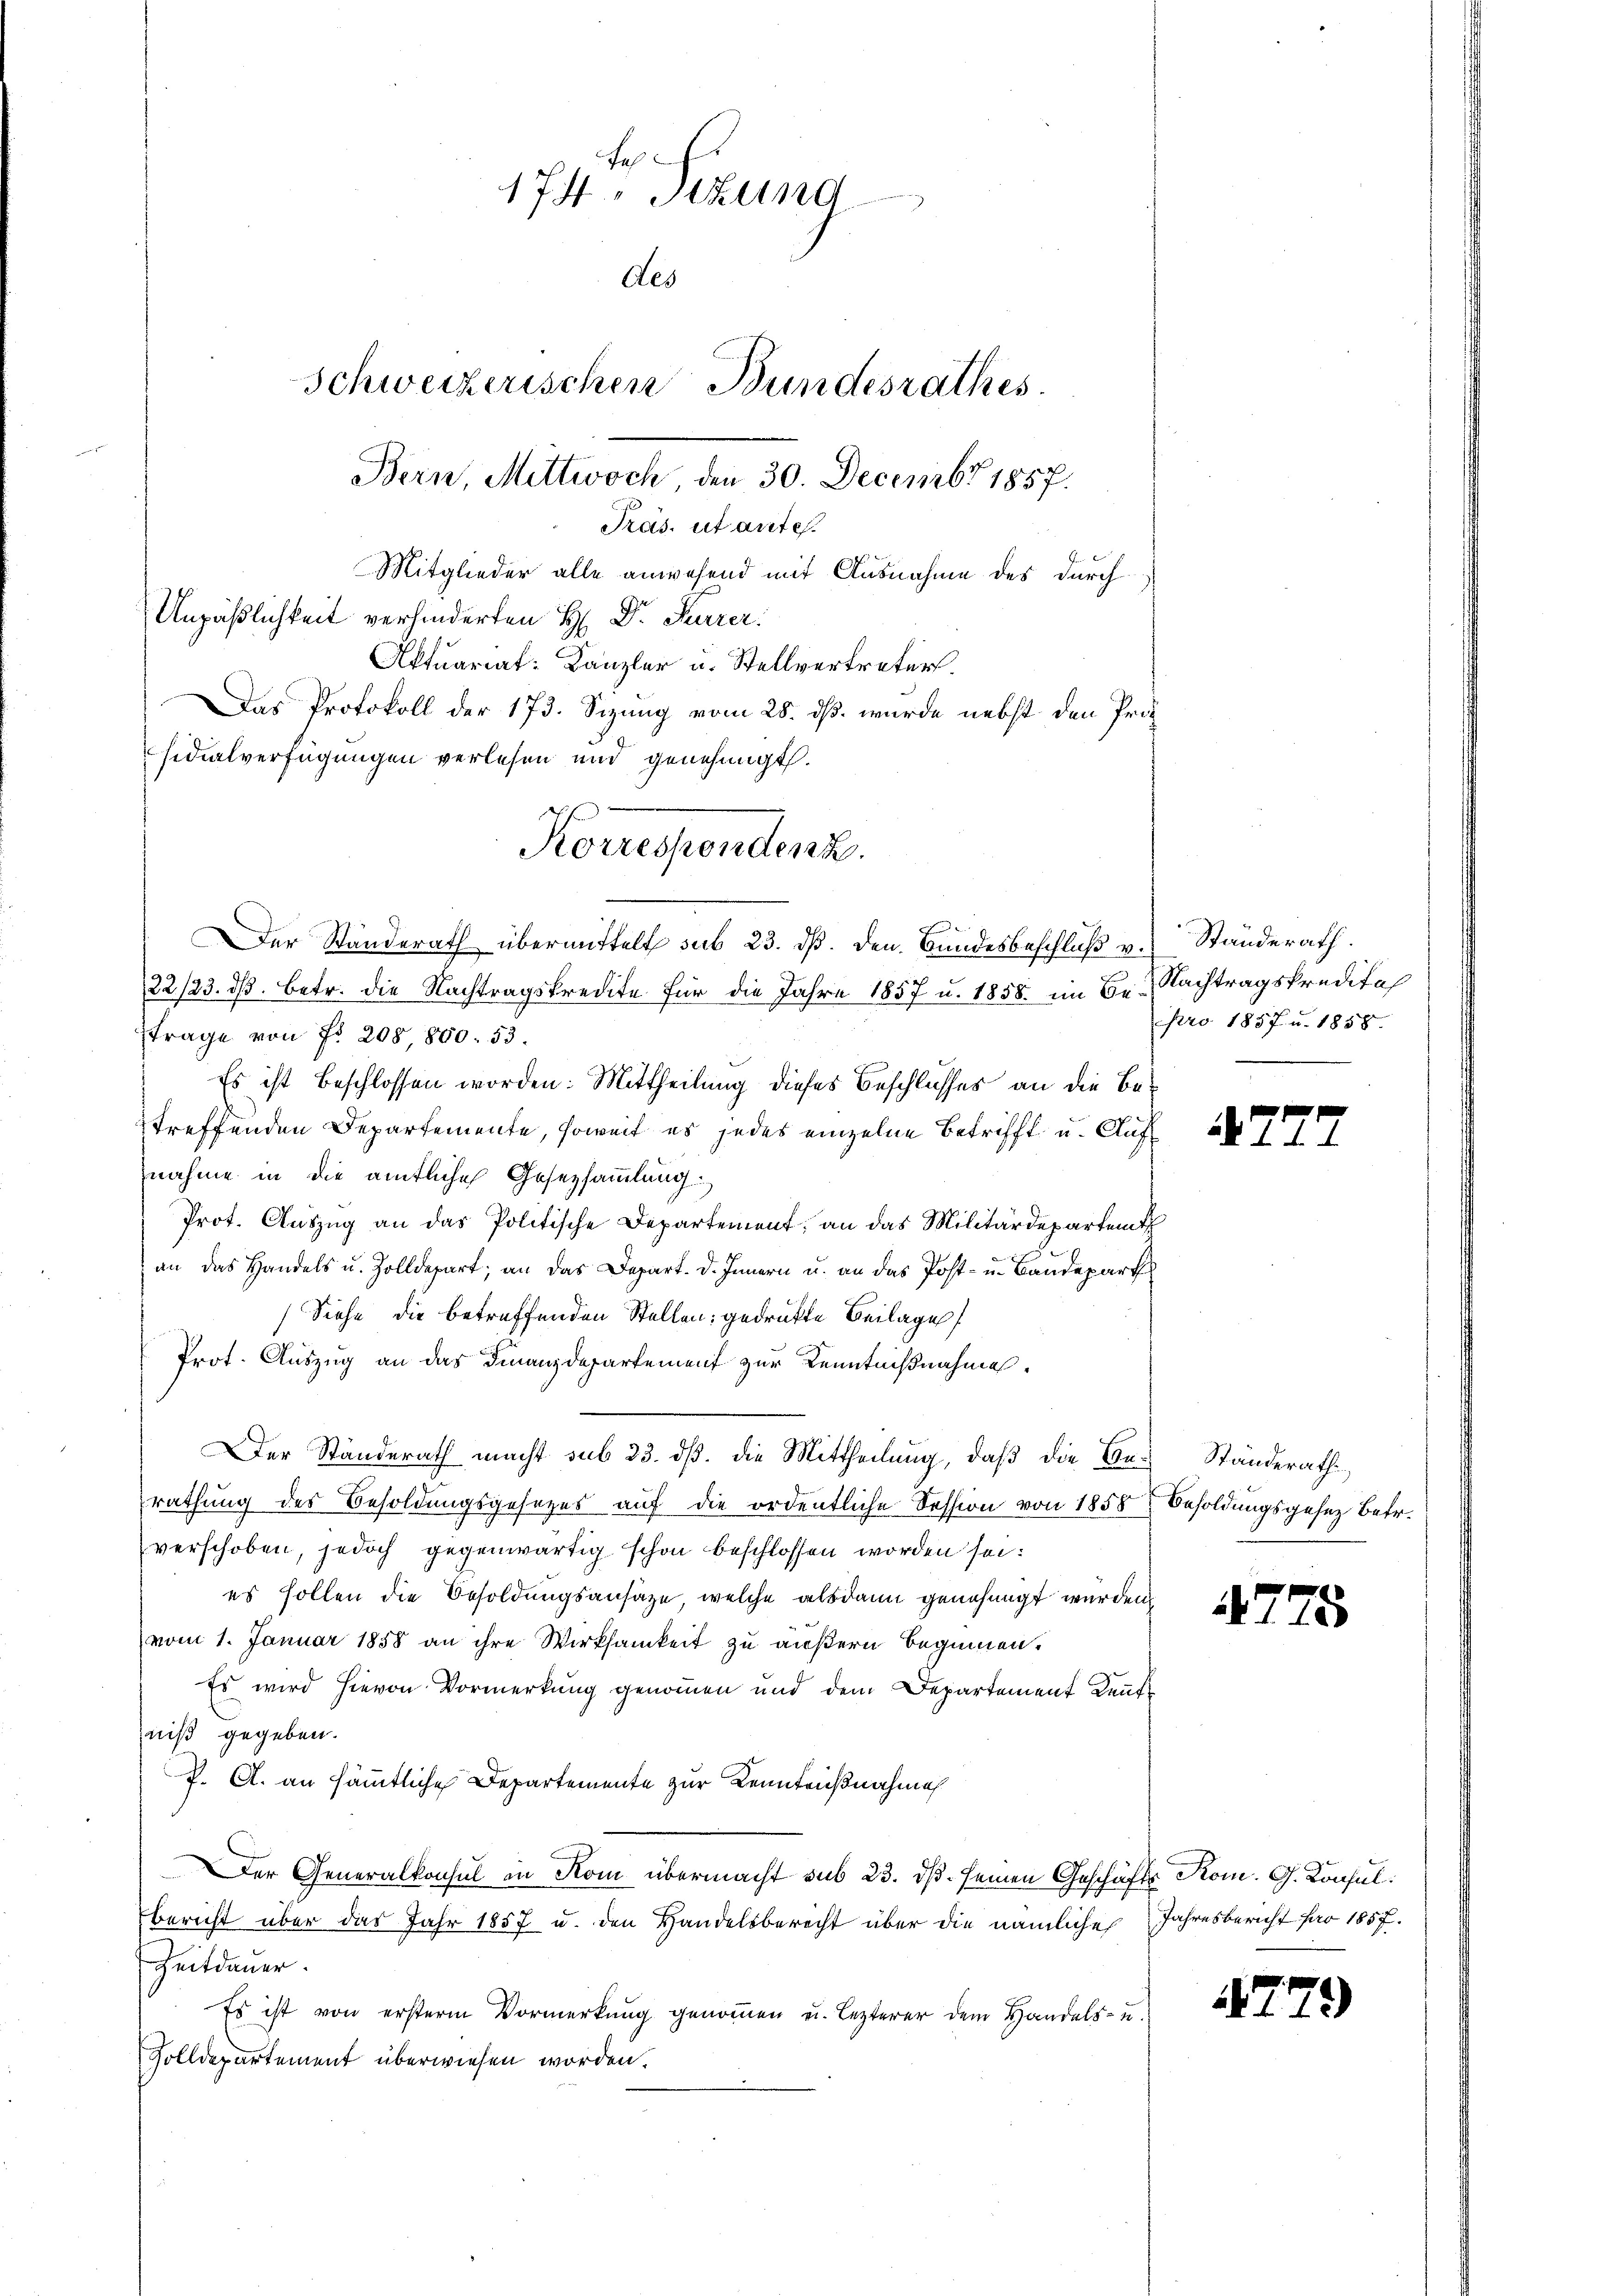
e
174. Stun
Aes
Schweizerischen Bundesrathes.
Bern, Mittwoch den 30. Decembr 1857.
Pras, ut antes.
Mitglieder alle anwesend mit Ausnahme des durch¬
Unpäßlichkeit verhinderten H. Dr. Kurer.
Aktuariat Kanzler u. Stellvertreters
Das Protokoll der 173. Sizung vom 28. ds. wurde nebst den Proz
sidialverfügungen verlesen und genehmigt.

Der Standerath übermittelt sub 23. ds. den Bundesbeschluß v.
22/23. ds. betr. die Nachtragskredite für die Jahre 1857 u. 1858. im Betrage von fr. 208,800. 53.
Es ist beschlossen worden. Mittheilung dieses Beschlusses an die Betreffenden Departemente, soweit es jedes einzelne Betrifft u. Auf
nahme in die amtliche Gesetzsammlung
Prot. Auszug an das Politische Departement; an das Militärdepartemt,
an das Handels u. Zolldepart, an das Depart. d. Innern u. an das Post- u. Baudepart
(Siehe die betreffenden Stellen gedrukte Beilage
Prot. Auszug an das Finanzdepartement zur Kenntnißnahme,
Der Ständerath macht sub 23. dß. die Mittheilung, daß die Berathung des Besoldungsgesezes auf die ordentliche Session von 1858
verschoben, jedoch gegenwärtig schon beschlossen worden sei:
es sollen die Besoldungsansaze, welche alsdann genehmigt wurden.
vom 1. Januar 1858 an ihre Wirksamkeit zu äußern beginnen.
Es wird hievon Vormerkung genommen und dem Departement Kenntniß gegeben.
P. A. an sämmtliche Departemente zur Kenntnißnahme
Der Generalkonsul in Kom übermacht sub 23. ds. seinen Geschäfts Kom. G. Konsul
bericht über das Jahr 1857 u. den Handelsberecht über die nämliche
Zeitdauer.
Es ist von ersterm Vormerkung genommen u. lezterer dem Handels- u.
Zolldepartement überwiesen worden.

Korrespondenz.

Ständerath.
Nachtragskredital
pro 1857 u. 1858.

7

Ständerath
Besoldungsgesez betr.

47.

2

15

Jahresbericht pro 1857.

2)